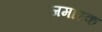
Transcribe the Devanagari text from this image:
जमारक